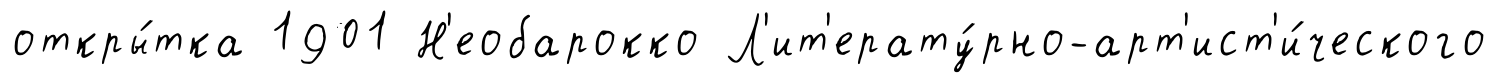
откры́тка 1901 Н'еобарокко Л'ит'ерату́рно-арт'ист'и́ческого